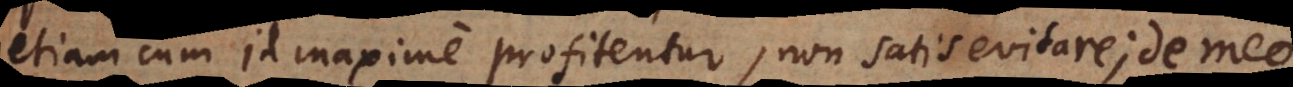
etiam cum id maxime profitentur, non satis evitare; per me